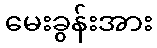
မေးခွန်းအား